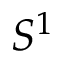
S ^ { 1 }